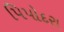
પિપોદરા